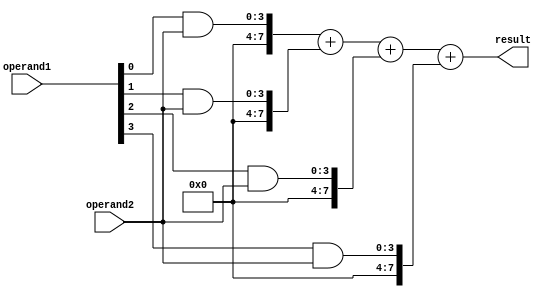
module Wallace_Tree_Multiplier (
    input [3:0] operand1,
    input [3:0] operand2,
    output reg [7:0] result
);

// Create intermediate signals to hold partial products
reg [7:0] partial_products [3:0];

// Generate partial products using binary multiplication
genvar i;
generate
    for (i = 0; i < 4; i = i + 1) begin : partial_product_gen
        assign partial_products[i] = operand1[i] & operand2;
    end
endgenerate

// Accumulate partial products using a tree structure
always @* begin
    result = partial_products[0] + partial_products[1] + partial_products[2] + partial_products[3];
end

endmodule